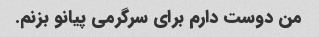
من دوست دارم برای سرگرمی پیانو بزنم.